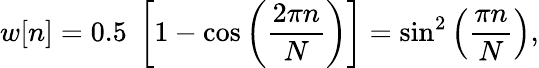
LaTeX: w[n]=0.5\; \left[1-\cos\left({\frac{2\pi n}{N}}\right)\right]=\sin^{2}\left({\frac{\pi n}{N}}\right),